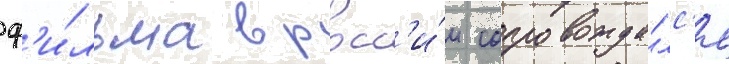
ф'и́льма в росс'и́и сопровожда́лс'я